Education (Scotland) Act, 1936, 1936
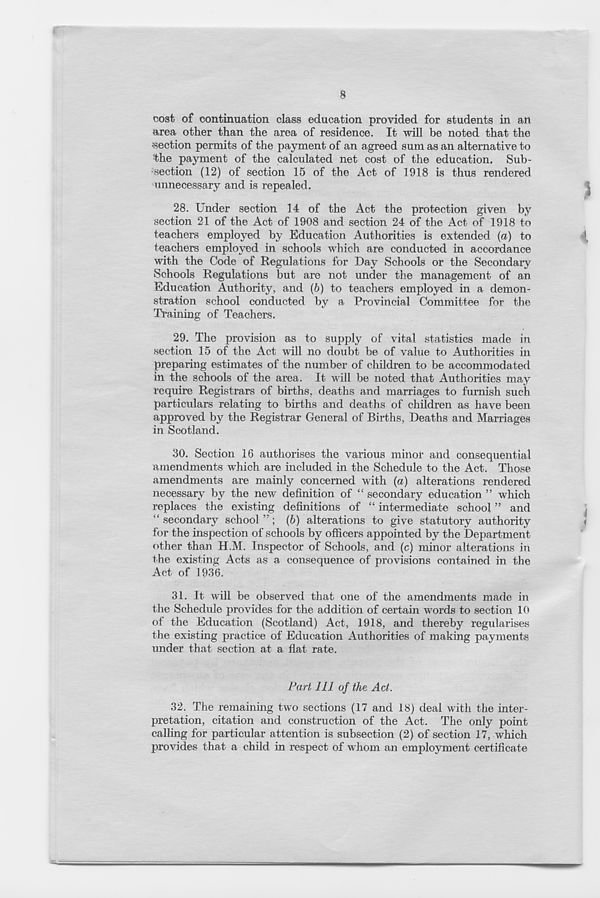
8
cost of continuation class education provided for students in an
area other than the area of residence. It -will be noted that the
section permits of the payment of an agreed sum as an alternative to
the payment of the calculated net cost of the education. Sub-
; section (12) of section 15 of the Act of 1918 is thus rendered
unnecessary and is repealed.
28. Under section 14 of the Act the protection given by
section 21 of the Act of 1908 and section 24 of the Act of 1918 to
teachers employed by Education Authorities is extended (a) to
teachers employed in schools which are conducted in accordance
with the Code of Regulations for Day Schools or the Secondary
Schools Regulations but are not under the management of an
Education Authority, and (6) to teachers employed in a demon-
stration school conducted by a. Provincial Committee for the
Training of Teachers.
29. The provision as to supply of vital statistics made in
section 15 of the Act will no doubt be of value to Authorities in
preparing estimates of the number of children to be accommodated
in the schools of the area. It will be noted that Authorities may
require Registrars of births, deaths and marriages to furnish such
particulars relating to births and deaths of children as have been
approved by the Registrar General of Births, Deaths and Marriages
in Scotland.
30. Section 16 authorises the various minor and consequential
amendments which are included in the Schedule to the Act. Those
amendments are mainly concerned with {a) alterations rendered
necessary by the new definition of “ secondary education ” which
replaces the existing definitions of “ intermediate school ” and
“ secondary school ”; (b) alterations to give statutory authority
for the inspection of schools by officers appointed by the Department
other than H.M. Inspector of Schools, and (c) minor alterations in
t he existing Acts as a consequence of provisions contained in the
Act of 1936.
31. It will be observed that one of the amendments made in
the Schedule provides for the addition of certain words to section 10
of the Education (Scotland) Act, 1918, and thereby regularises
the existing practice of Education Authorities of making payments
under that section at a fiat rate.
Part III of the Act.
32.
The rem
pretation, citation and construction of the Act. The only point
calling for particular attention is subsection (2) of section 17, which
provides that a child in respect of whom an employment certificate